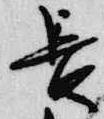
長